Vaccination in the Punjab 1867-1880 - 1867-1880
Year: 1867
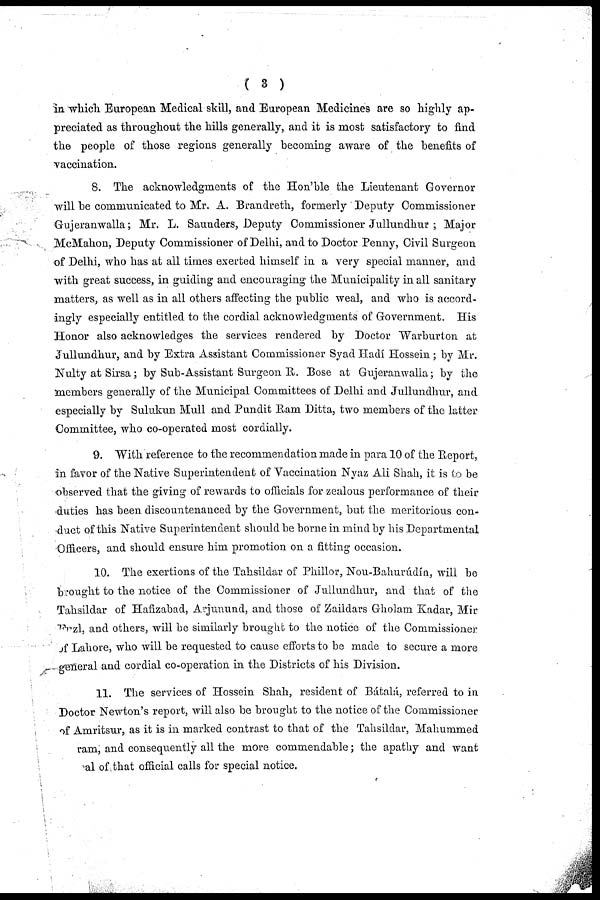
( 3 )
in which European Medical skill, and European Medicines are so highly ap-
preciated as throughout the hills generally, and it is most satisfactory to find
the people of those regions generally becoming aware of the benefits of
vaccination.
8. The acknowledgments of the Hon'ble the Lieutenant Governor
will be communicated to Mr. A. Brandreth, formerly Deputy Commissioner
Gujeranwalla; Mr. L. Saunders, Deputy Commissioner Jullundhur ; Major
McMahon, Deputy Commissioner of Delhi, and to Doctor Penny, Civil Surgeon
of Delhi, who has at all times exerted himself in a very special manner, and
with great success, in guiding and encouraging the Municipality in all sanitary
matters, as well as in all others affecting the public weal, and who is accord-
ingly especially entitled to the cordial acknowledgments of Government. His
Honor also acknowledges the services rendered by Doctor Warburton at
Jullundhur, and by Extra Assistant Commissioner Syad Hadí Hossein; by Mr.
Nulty at Sirsa; by Sub-Assistant Surgeon R. Bose at Gujeranwalla; by the
members generally of the Municipal Committees of Delhi and Jullundhur, and
especially by Sulukun Mull and Pundit Ram Ditta, two members of the latter
Committee, who co-operated most cordially.
9. With reference to the recommendation made in para 10 of the Report,
in favor of the Native Superintendent of Vaccination Nyaz Ali Shah, it is to be
observed that the giving of rewards to officials for zealous performance of their
duties has been discountenanced by the Government, but the meritorious con-
duct of this Native Superintendent should be borne in mind by his Departmental
Officers, and should ensure him promotion on a fitting occasion.
10. The exertions of the Tahsildar of Phillor, Nou-Bahurúdín, will be
brought to the notice of the Commissioner of Jullundhur, and that of the
Tahsildar of Hafizabad, Arjunund, and those of Zaildars Gholam Kadar, Mir
Frzl,and
others, will be similarly brought to the notice of the Commissioner
of Lahore, who will be requested to cause efforts to be made to secure a more
general and cordial co-operation in the Districts of his Division.
11. The services of Hossein Shah, resident of Bátalá, referred to in
Doctor Newton's report, will also be brought to the notice of the Commissioner
of Amritsur, as it is in marked contrast to that of the Tahsildar, Mahummed
ram, and consequently all the more commendable; the apathy and want
sal of that official calls for special notice.